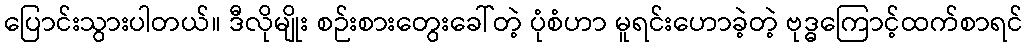
ပြောင်းသွားပါတယ်။ ဒီလိုမျိုး စဉ်းစားတွေးခေါ်တဲ့ ပုံစံဟာ မူရင်းဟောခဲ့တဲ့ ဗုဒ္ဓကြောင့်ထက်စာရင်